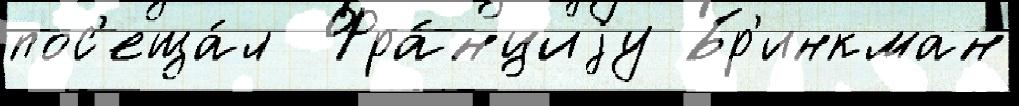
пос'еща́л  Фра́нциjу Бр'инкман